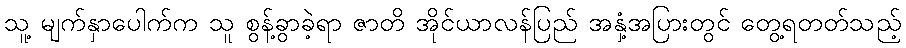
သူ့ မျက်နှာပေါက်က သူ စွန့်ခွာခဲ့ရာ ဇာတိ အိုင်ယာလန်ပြည် အနှံ့အပြားတွင် တွေ့ရတတ်သည့်